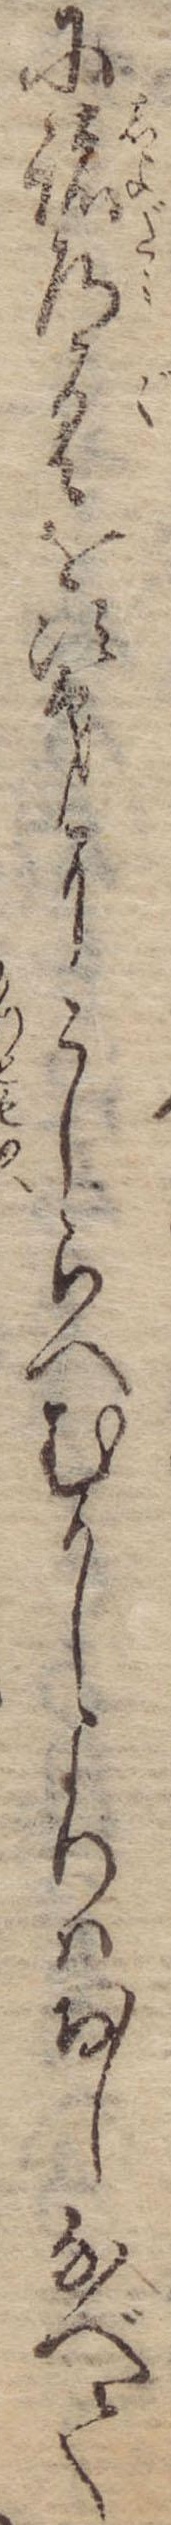
に諸道具を次第にこしらへむかしよりはおしなべて